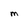
Character: M